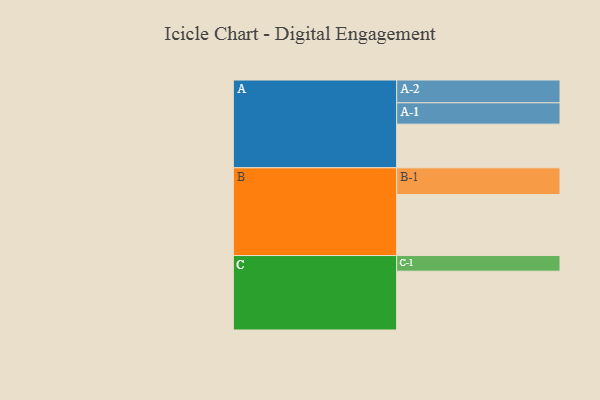
{"axis": {"x": "Segment", "y": "Value"}, "legend": ["", "A", "B", "C"], "data": [{"x": "A", "y": 402, "type": ""}, {"x": "B", "y": 561, "type": ""}, {"x": "C", "y": 541, "type": ""}, {"x": "A-1", "y": 196, "type": "A"}, {"x": "A-2", "y": 210, "type": "A"}, {"x": "B-1", "y": 246, "type": "B"}, {"x": "C-1", "y": 144, "type": "C"}]}